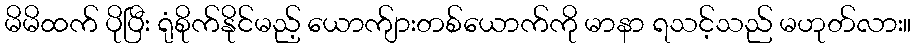
မိမိထက် ပိုပြီး ရုံစိုက်နိုင်မည့် ယောက်ျားတစ်ယောက်ကို မာနာ ရသင့်သည် မဟုတ်လား။